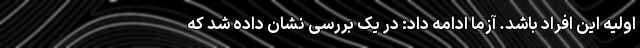
اولیه این افراد باشد. آزما ادامه داد: در یک بررسی نشان داده شد که